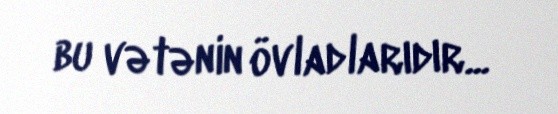
bu vətənin övladlarıdır...